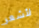
لأشعر